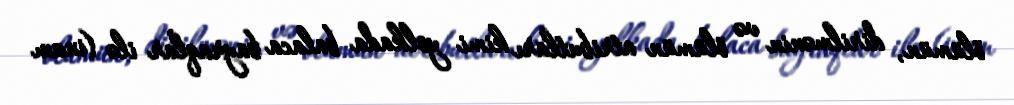
ölümün, dirilmənin və ölümün atributları kimi yolkada balaca bayraqlar ilə (inam